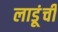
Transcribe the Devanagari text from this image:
लाडूंची